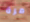
مرة